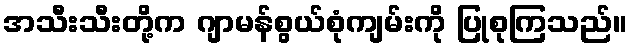
အသီးသီးတို့က ဂျာမန်စွယ်စုံကျမ်းကို ပြုစုကြသည်။